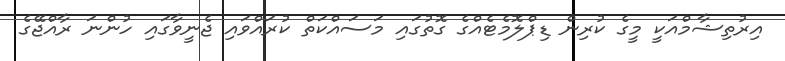
އިރުތިޝާމްއަކީ މީގެ ކުރިން ޑިޕްލޮމެޓެއްގެ ގޮތުގައި މަސައްކަތް ކުރައްވައި ޖެނީވާގައި ހުންނަ ރާއްޖޭގެ